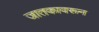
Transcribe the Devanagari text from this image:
जातकावरून